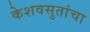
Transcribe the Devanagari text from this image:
केशवसुतांचा